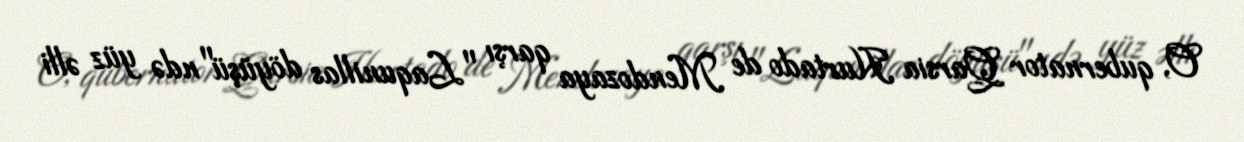
O, qubernator Qarsia Hurtado de Mendozaya qarşı "Laqunillas döyüşü"ndə yüz əlli